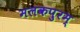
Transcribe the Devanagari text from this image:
मलकपुरम्‌